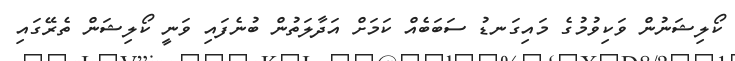
ކޯލިޝަނުން ވަކިވުމުގެ މައިގަނޑު ސަބަބެއް ކަމަށް އަދާލަތުން ބުނެފައި ވަނީ ކޯލިޝަން ތެރޭގައި